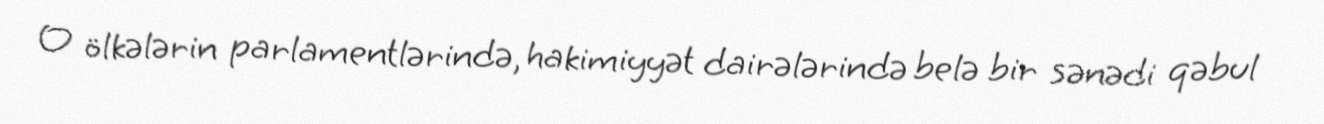
O ölkələrin parlamentlərində, hakimiyyət dairələrində belə bir sənədi qəbul